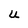
Character: U